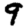
Digit: 9